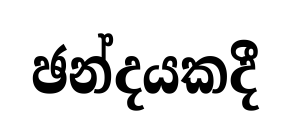
ඡන්දයකදී